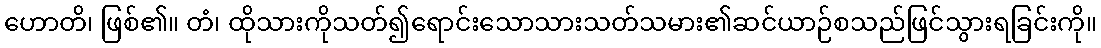
ဟောတိ၊ ဖြစ်၏။ တံ၊ ထိုသားကိုသတ်၍ရောင်းသောသားသတ်သမား၏ဆင်ယာဉ်စသည်ဖြင်သွားရခြင်းကို။